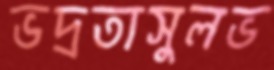
ভদ্রতাসুলভ